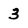
Character: 3